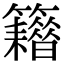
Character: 𥷸